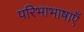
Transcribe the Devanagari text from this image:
परिभाभाषाएँ